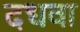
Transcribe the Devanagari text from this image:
दधवा